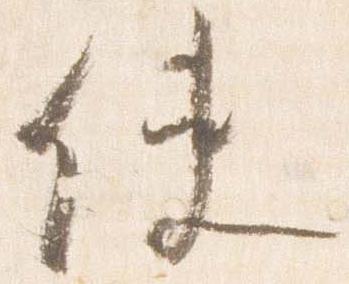
使